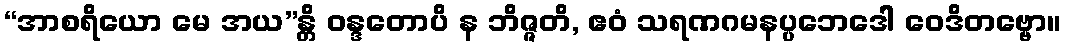
“အာစရိယော မေ အယ”န္တိ ဝန္ဒတောပိ န ဘိဇ္ဇတိ, ဧဝံ သရဏဂမနပ္ပဘေဒေါ ဝေဒိတဗ္ဗော။